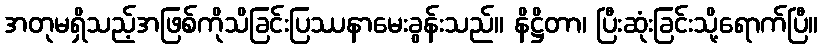
အတုမရှိသည့်အဖြစ်ကိုသိခြင်းပြဿနာမေးခွန်းသည်။ နိဋ္ဌိတာ၊ ပြီးဆုံးခြင်းသို့ရောက်ပြီ။